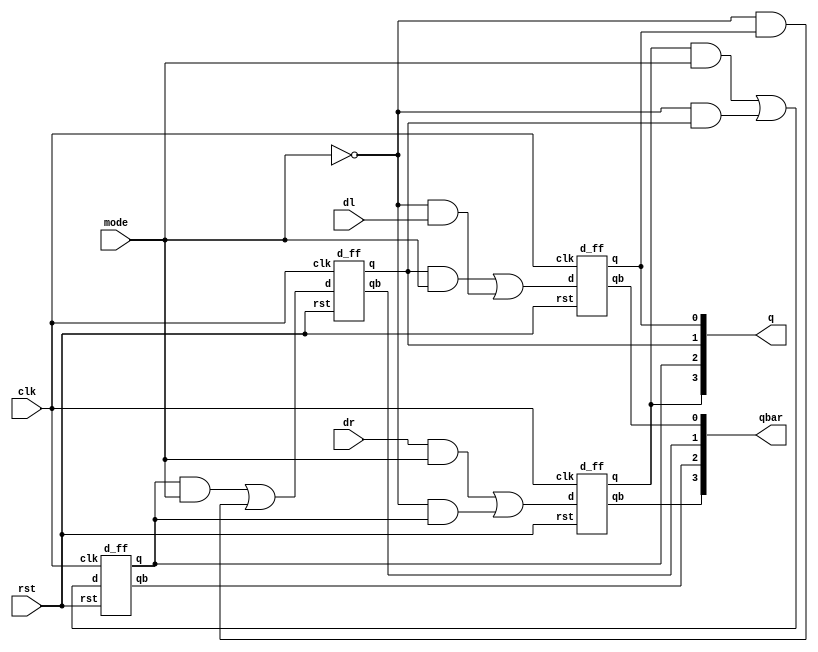
`timescale 1ns / 1ps
module bidirectional_shift_reg(
    output  [3:0] q,
    output  [3:0] qbar,
    input dr, dl,
    input clk, rst, mode
);

    wire not_mode;
    wire [7:0] aw;
    wire [3:0] wo;

    not(not_mode, mode);
    and(aw[0], q[1], mode);
    and(aw[1], not_mode, dl);
    or(wo[0], aw[0], aw[1]);

    d_ff ff1(q[0], qbar[0], wo[0], clk, rst);

    and(aw[2], q[2], mode);
    and(aw[3], not_mode, q[0]);
    or(wo[1], aw[2], aw[3]);

    d_ff ff2(q[1], qbar[1], wo[1], clk, rst);

    and(aw[4], q[3], mode);
    and(aw[5], not_mode, q[1]);
    or(wo[2], aw[4], aw[5]);

    d_ff ff3(q[2], qbar[2], wo[2], clk, rst);

    and(aw[6], dr, mode);
    and(aw[7], not_mode, q[2]);
    or(wo[3], aw[6], aw[7]);

    d_ff ff4(q[3], qbar[3], wo[3], clk, rst);

endmodule

module d_ff(
    output reg q, qb,
    input d, clk, rst
);

always @(posedge clk)
begin
    if (rst)
        begin
            q <= 0;
            qb <= 1;
        end
        else
        begin 
            q <= d;
            qb <= ~d;
        end
end

endmodule